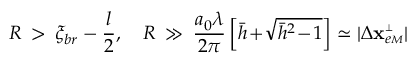
R \: > \: \xi _ { b r } - \frac l 2 , \quad R \: \gg \: \frac { a _ { 0 } \lambda } { 2 \pi } \left[ \bar { h } \! + \! \sqrt { \bar { h } ^ { 2 } \! - \! 1 } \right] \simeq | \Delta { \bf x } _ { e { \scriptscriptstyle M } } ^ { { \scriptscriptstyle \perp } } |